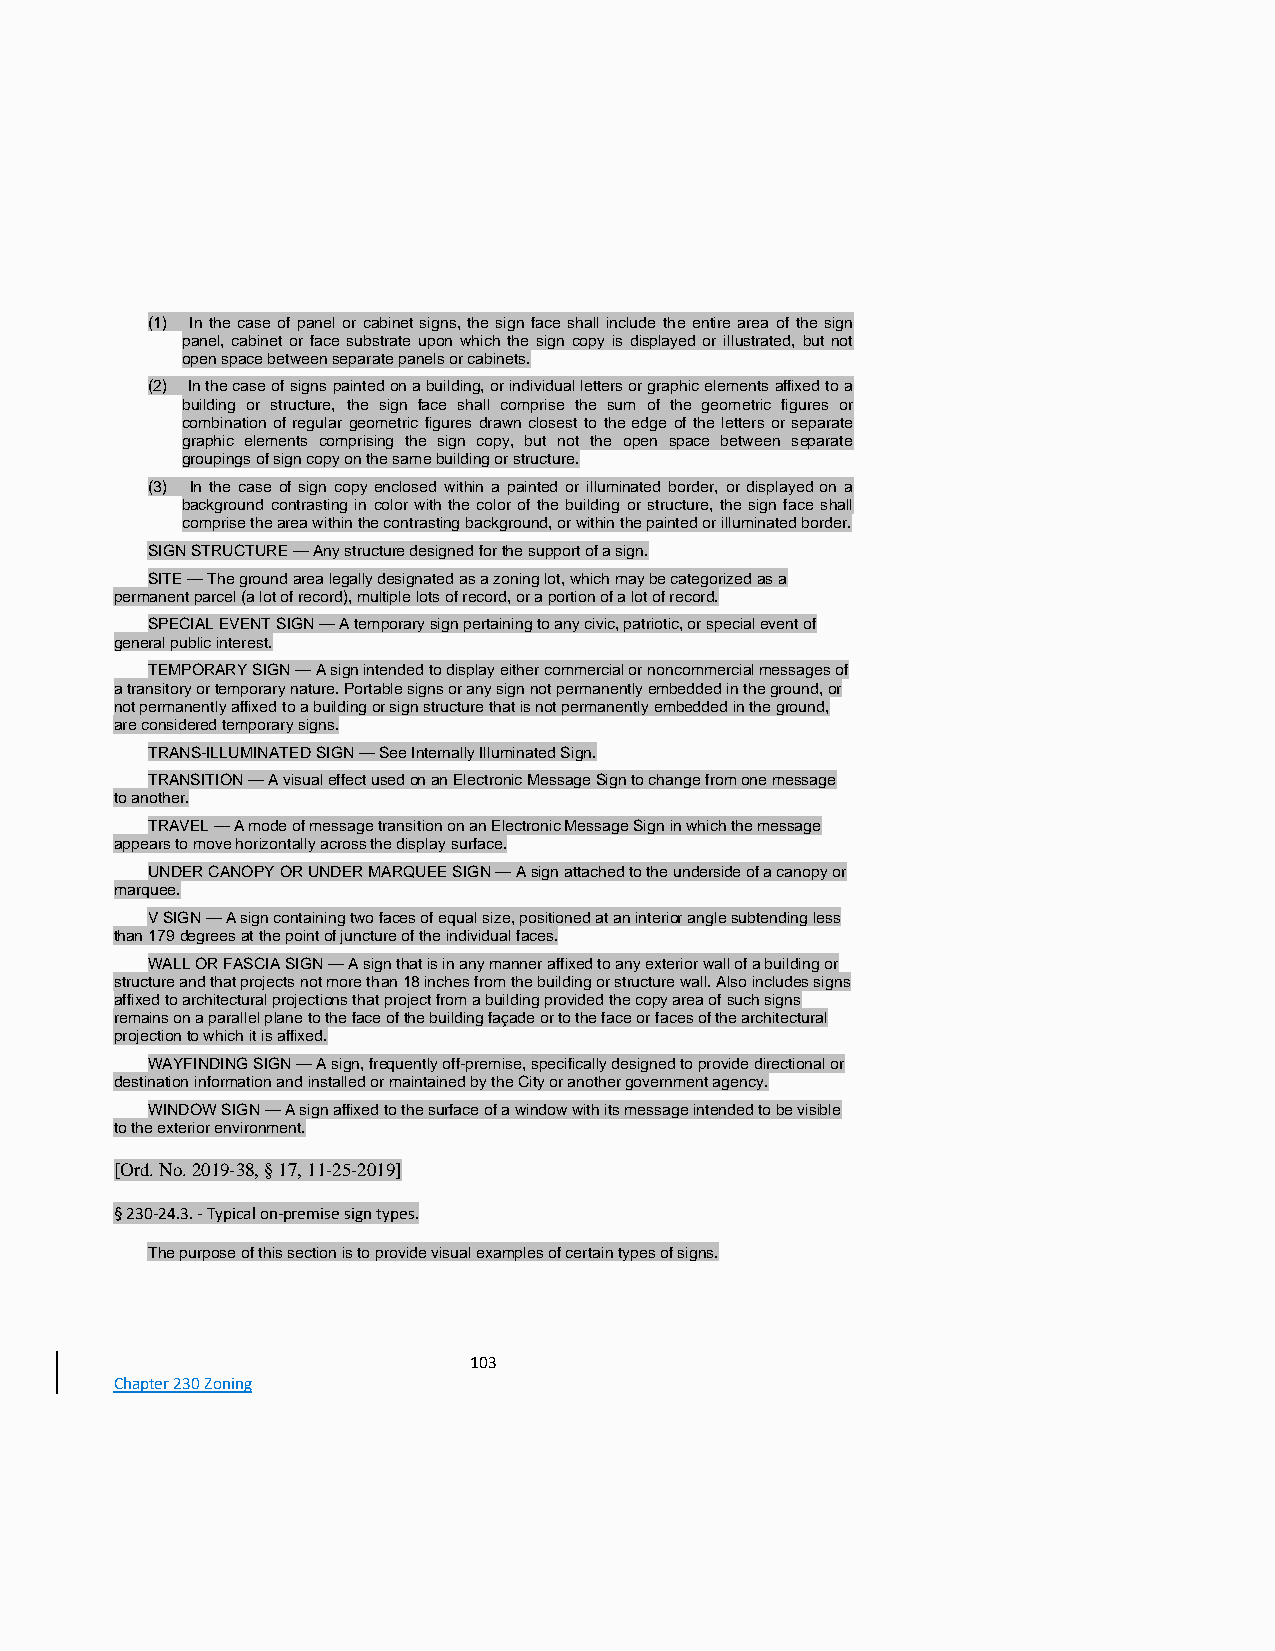
(1) In the case of panel or cabinet signs, the sign face shall include the entire area of the sign
 panel, cabinet or face substrate upon which the sign copy is displayed or illustrated, but not
 open space between separate panels or cabinets.
 (2) In the case of signs painted on a building, or individual letters or graphic elements affixed to a
 building or structure, the sign face shall comprise the sum of the geometric figures or
 combination of regular geometric figures drawn closest to the edge of the letters or separate
 graphic elements comprising the sign copy, but not the open space between separate
 groupings of sign copy on the same building or structure.
 (3) In the case of sign copy enclosed within a painted or illuminated border, or displayed on a
 background contrasting in color with the color of the building or structure, the sign face shall
 comprise the area within the contrasting background, or within the painted or illuminated border.
 SIGN STRUCTURE — Any structure designed for the support of a sign.
 SITE — The ground area legally designated as a zoning lot, which may be categorized as a
 permanent parcel (a lot of record), multiple lots of record, or a portion of a lot of record.
 SPECIAL EVENT SIGN — A temporary sign pertaining to any civic, patriotic, or special event of
 general public interest.
 TEMPORARY SIGN — A sign intended to display either commercial or noncommercial messages of
 a transitory or temporary nature. Portable signs or any sign not permanently embedded in the ground, or
 not permanently affixed to a building or sign structure that is not permanently embedded in the ground,
 are considered temporary signs.
 TRANS-ILLUMINATED SIGN — See Internally Illuminated Sign.
 TRANSITION — A visual effect used on an Electronic Message Sign to change from one message
 to another.
 TRAVEL — A mode of message transition on an Electronic Message Sign in which the message
 appears to move horizontally across the display surface.
 UNDER CANOPY OR UNDER MARQUEE SIGN — A sign attached to the underside of a canopy or
 marquee.
 V SIGN — A sign containing two faces of equal size, positioned at an interior angle subtending less
 than 179 degrees at the point of juncture of the individual faces.
 WALL OR FASCIA SIGN — A sign that is in any manner affixed to any exterior wall of a building or
 structure and that projects not more than 18 inches from the building or structure wall. Also includes signs
 affixed to architectural projections that project from a building provided the copy area of such signs
 remains on a parallel plane to the face of the building façade or to the face or faces of the architectural
 projection to which it is affixed.
 WAYFINDING SIGN — A sign, frequently off-premise, specifically designed to provide directional or
 destination information and installed or maintained by the City or another government agency.
 WINDOW SIGN — A sign affixed to the surface of a window with its message intended to be visible
 to the exterior environment.
 [Ord. No. 2019-38, § 17, 11-25-2019]
 § 230-24.3. - Typical on-premise sign types.
 The purpose of this section is to provide visual examples of certain types of signs.
 103
 Chapter 230 Zoning